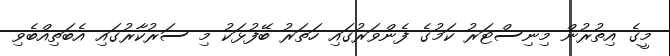
މީގެ އިތުރުން މިނިސްޓަރު ކަމުގެ ފެންވަރުގައި ހަތަރު ބޭފުޅަކު މި ސަރުކާރުގައި އެބަތިއްބެވި